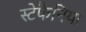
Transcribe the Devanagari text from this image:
स्टेफैनिया